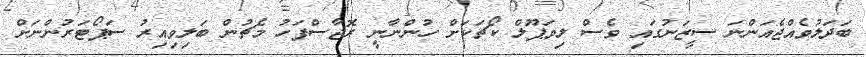
ބަދަލުވެއްޖެއަންނަ ސީޒަނުގައި ވެސް ލިވަޕޫލް ކޯޗަކަށް ހުންނާނީ ރޮޖާސްފަހު މެޗުން ބަލިވިއިރު ސަޕޯޓަރުންނަށް